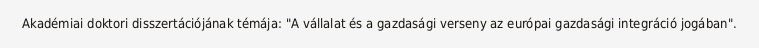
Akadémiai doktori disszertációjának témája: "A vállalat és a gazdasági verseny az európai gazdasági integráció jogában".